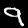
Label: 9